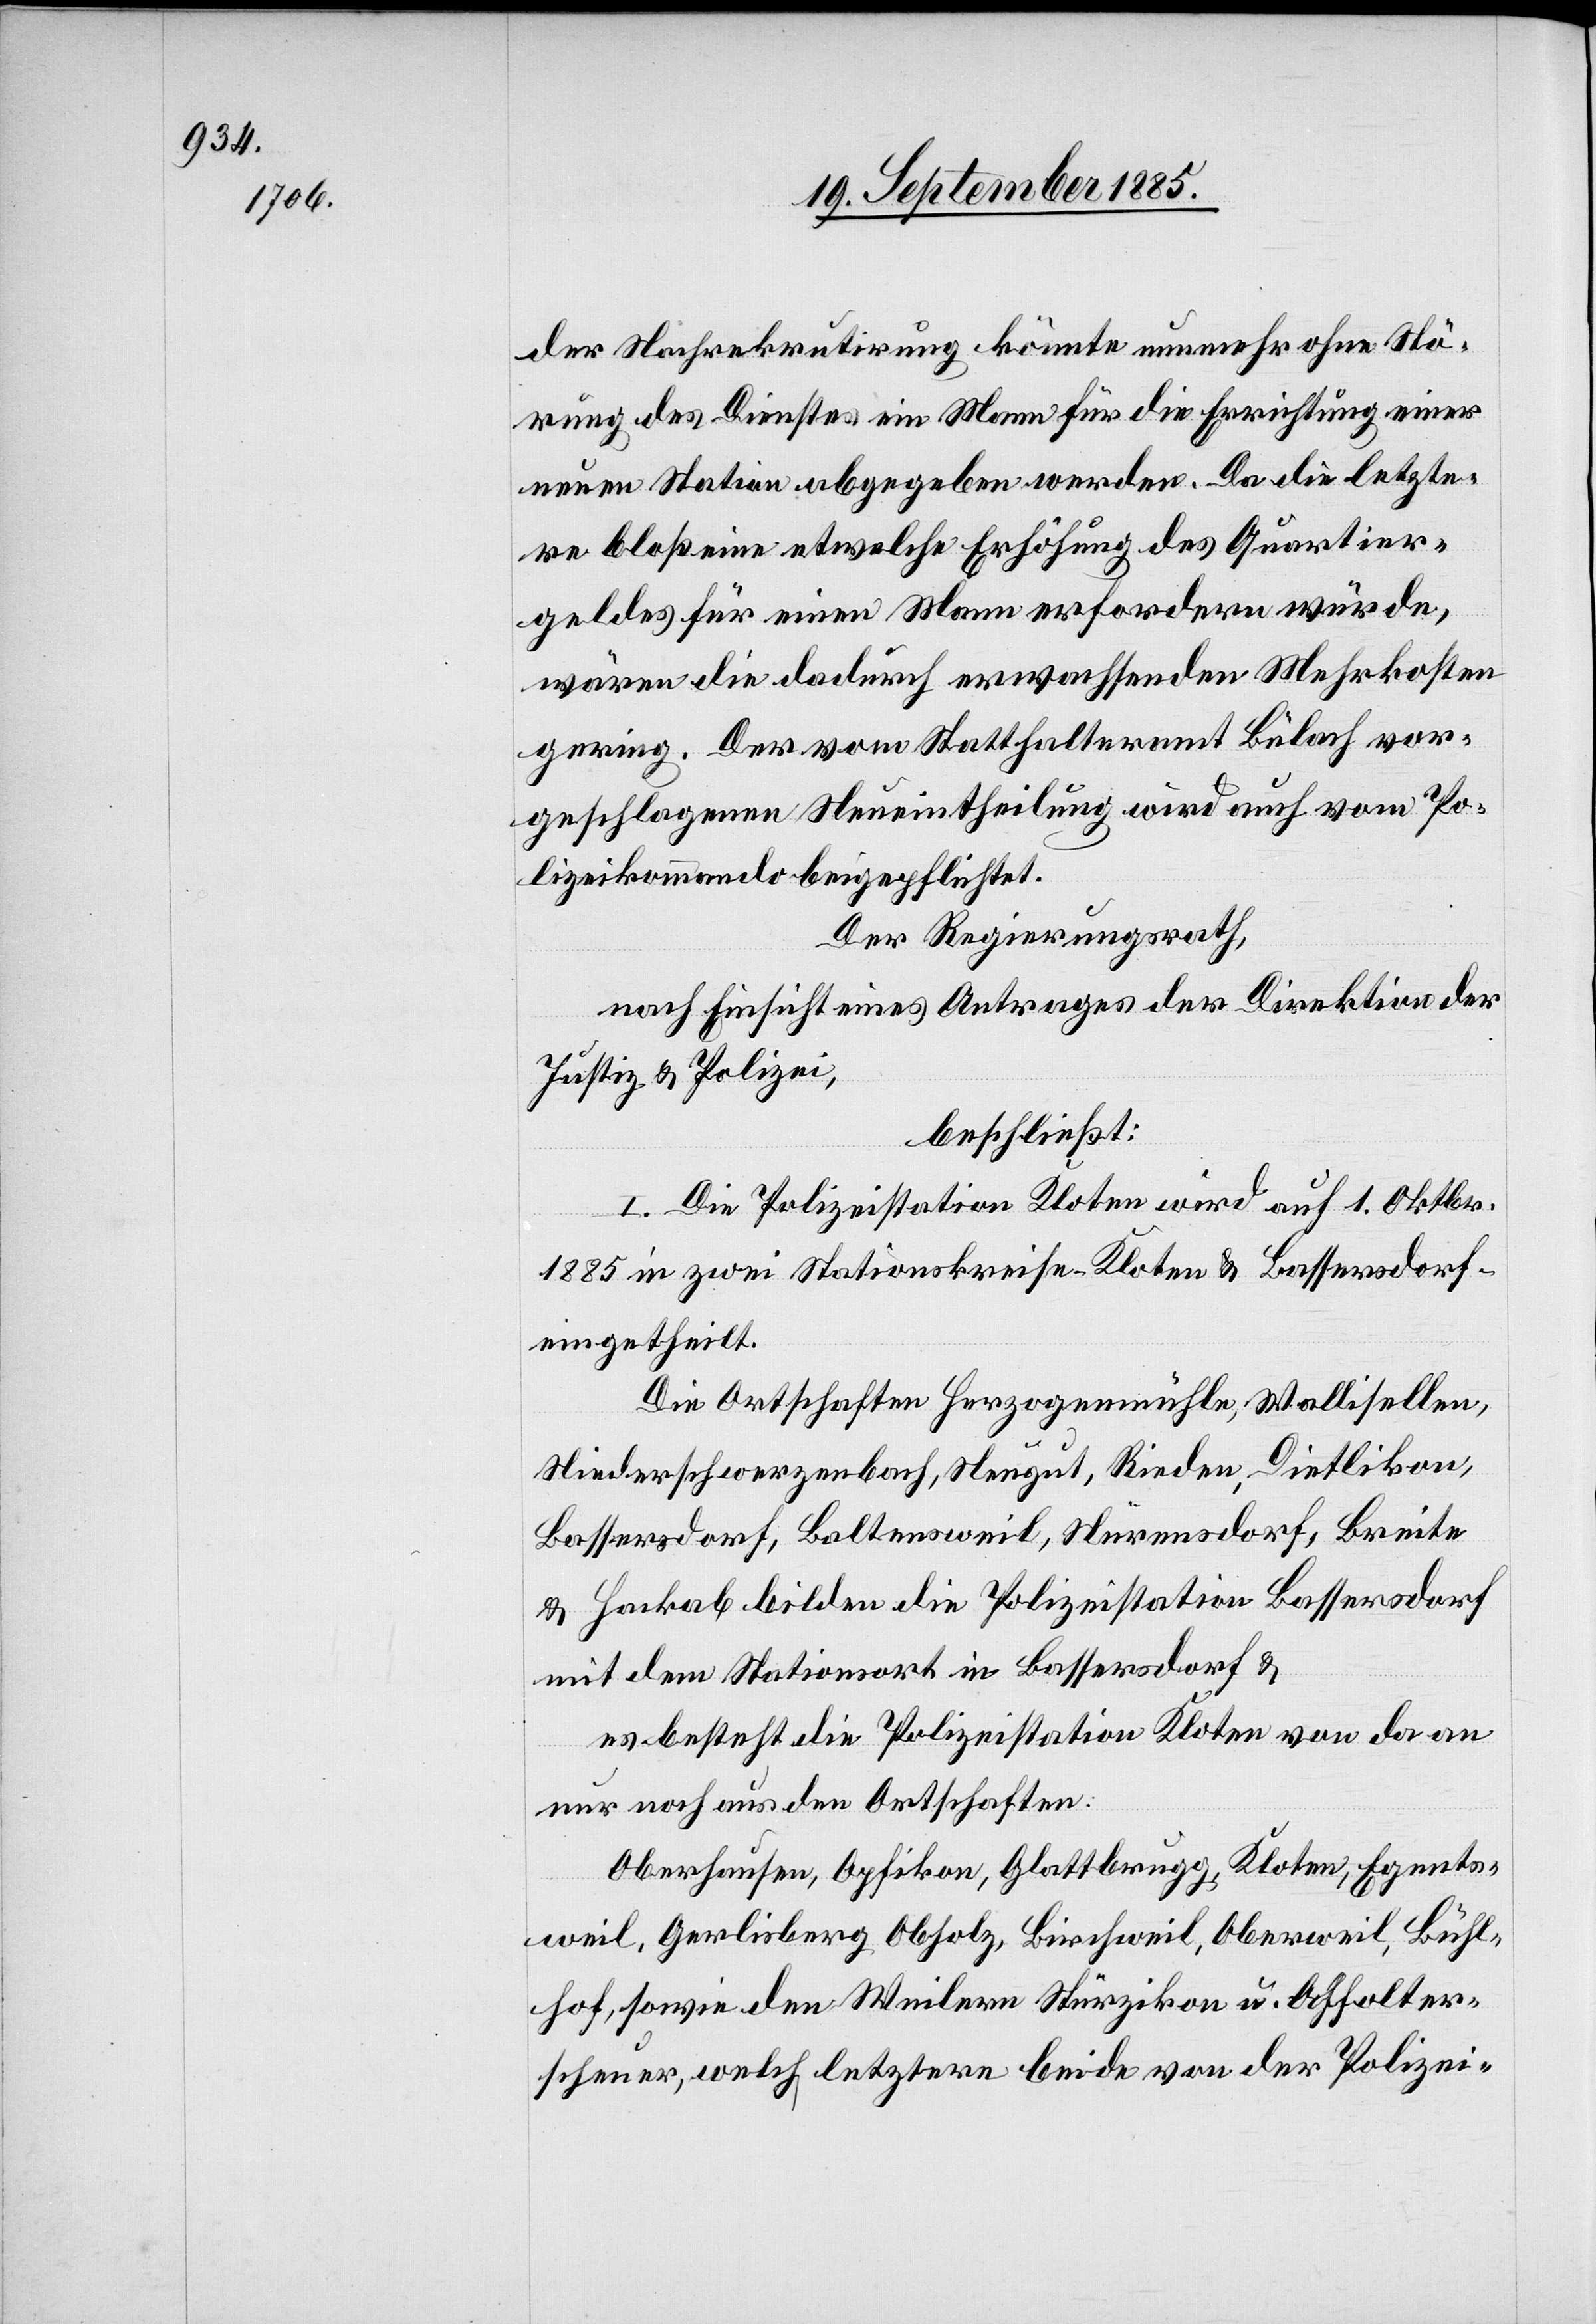
der Nachrekrutirung könnte nunmehr ohne Stö¬
rung des Dienstes ein Mann für die Errichtung einer
neuen Station abgegeben werden. Da die letzte¬
re bloß eine etwelche Erhöhung des Quartier¬
geldes für einen Mann erfordern würde,
wären die dadurch erwachsenden Mehrkosten
gering. Der vom Statthalteramt Bülach vor¬
geschlagenen Neueintheilung wird auch vom Po¬
lizeikommando beigepflichtet.
Der Regierungsrath,
nach Einsicht eines Antrages der Direktion der
Justiz & Polizei,
beschließt:
I. Die Polizeistation Kloten wird auf 1. Oktbr.
1885 in zwei Stationskreise Kloten & Bassersdorf
eingetheilt:
Die Ortschaften Herzogenmühle, Wallisellen,
Niederschwerzenbach, Neugut, Rieden, Dietlikon,
Bassersdorf, Baltensweil, Nürensdorf, Breite
& Hackab bilden die Polizeistation Bassersdorf
mit dem Stationsort in Bassersdorf &
es besteht die Polizeistation Kloten von da an
nur noch aus den Ortschaften:
Oberhausen, Opfikon, Glattbrugg, Kloten, Egents¬
weil, Gerlisberg Obholz, Birchweil, Oberweil, Bühl¬
hof, sowie den Weilern Stürzikon u. Affolter¬
scheuer, welch letztere beide von der Polizei-